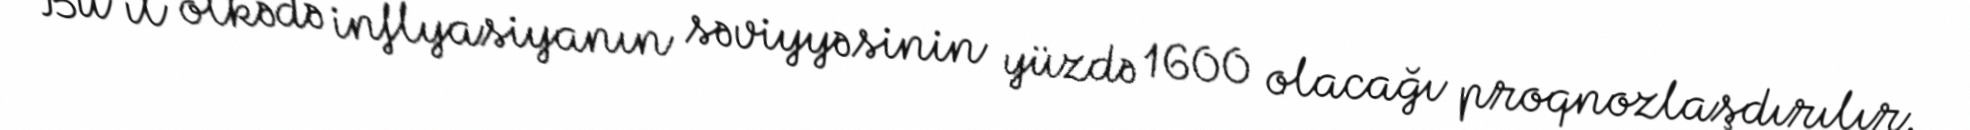
Bu il ölkədə inflyasiyanın səviyyəsinin yüzdə 1600 olacağı proqnozlaşdırılır.